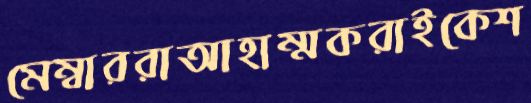
মেম্বাররাআহাম্মকরাইকেশ